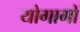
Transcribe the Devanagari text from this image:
योगागों